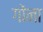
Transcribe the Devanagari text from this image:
गोंना